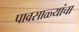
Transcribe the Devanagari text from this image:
पावसाळ्यांचा